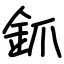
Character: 釽